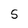
Character: 5